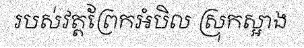
របស់វត្តព្រែកអំបិល ស្រុកស្អាង